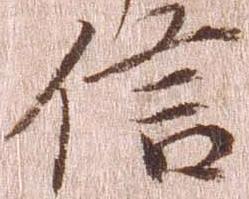
信